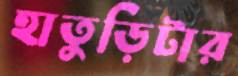
হাতুড়িটার